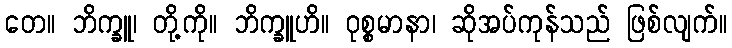
တေ။ ဘိက္ခူ၊ တို့ကို။ ဘိက္ခူဟိ။ ဝုစ္စမာနာ၊ ဆိုအပ်ကုန်သည် ဖြစ်လျက်။